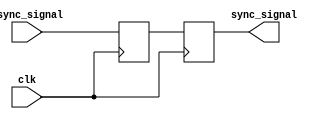
module dual_flip_flop_synchronizer (
    input wire async_signal,  // Input signal from the asynchronous clock domain
    input wire clk,           // Clock signal of the destination clock domain
    output reg sync_signal     // Synchronized output signal
);

    // Internal signals for the two flip-flops
    reg q1; // Output of the first flip-flop

    // First flip-flop (FF1)
    always @(posedge clk) begin
        q1 <= async_signal; // Sample async_signal on the rising edge of clk
    end

    // Second flip-flop (FF2)
    always @(posedge clk) begin
        sync_signal <= q1; // Sample q1 on the rising edge of clk
    end

endmodule